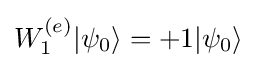
W_{1}^{(e)}|\psi _{0}\rangle =+1|\psi _{0}\rangle